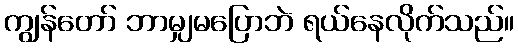
ကျွန်တော် ဘာမျှမပြောဘဲ ရယ်နေလိုက်သည်။